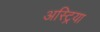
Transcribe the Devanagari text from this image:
अस्ट्रिया